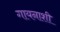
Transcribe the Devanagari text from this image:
गायनाशी